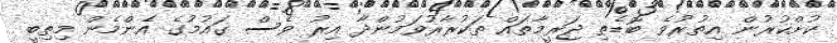
ކުށްކުރުން އިތުރުވެ ބޮޑެތި ޖަރީމާތައް ތަކުރާރުވަމުންދާ އިރު ވެސް ގައުމުގެ އެންމެން މިތިބީ